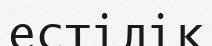
естілік